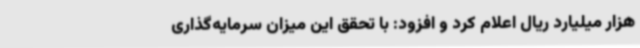
هزار میلیارد ریال اعلام کرد و افزود: با تحقق این میزان سرمایه‌گذاری